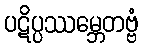
ပဋိပ္ပဿမ္ဘေတဗ္ဗံ